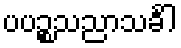
ပပဉ္စသညာသင်္ခါ